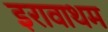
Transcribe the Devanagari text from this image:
इरावाथम